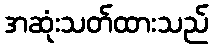
အဆုံးသတ်ထားသည်